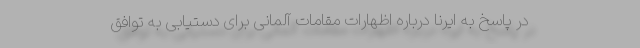
در پاسخ به ایرنا درباره اظهارات مقامات آلمانی برای دستیابی به توافق